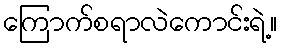
ကြောက်စရာလဲကောင်းရဲ့။